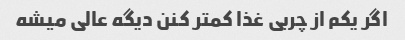
اگر یکم از چربی غذا کمتر کنن دیگه عالی میشه